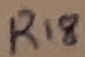
Text: R18